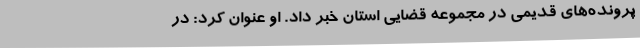
پرونده‌های قدیمی در مجموعه قضایی استان خبر داد. او عنوان کرد: در